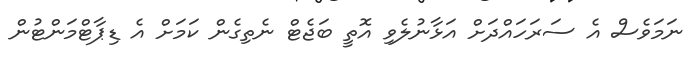
ނަމަވެސް އެ ސަރަހައްދަށް އަޅާނުލެވި އޮތީ ބަޖެޓް ނެތިގެން ކަމަށް އެ ޑިޕާޓްމަންޓުން